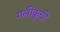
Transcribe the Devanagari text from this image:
गलीकूचों